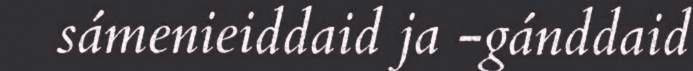
sámenieiddaid ja -gánddaid